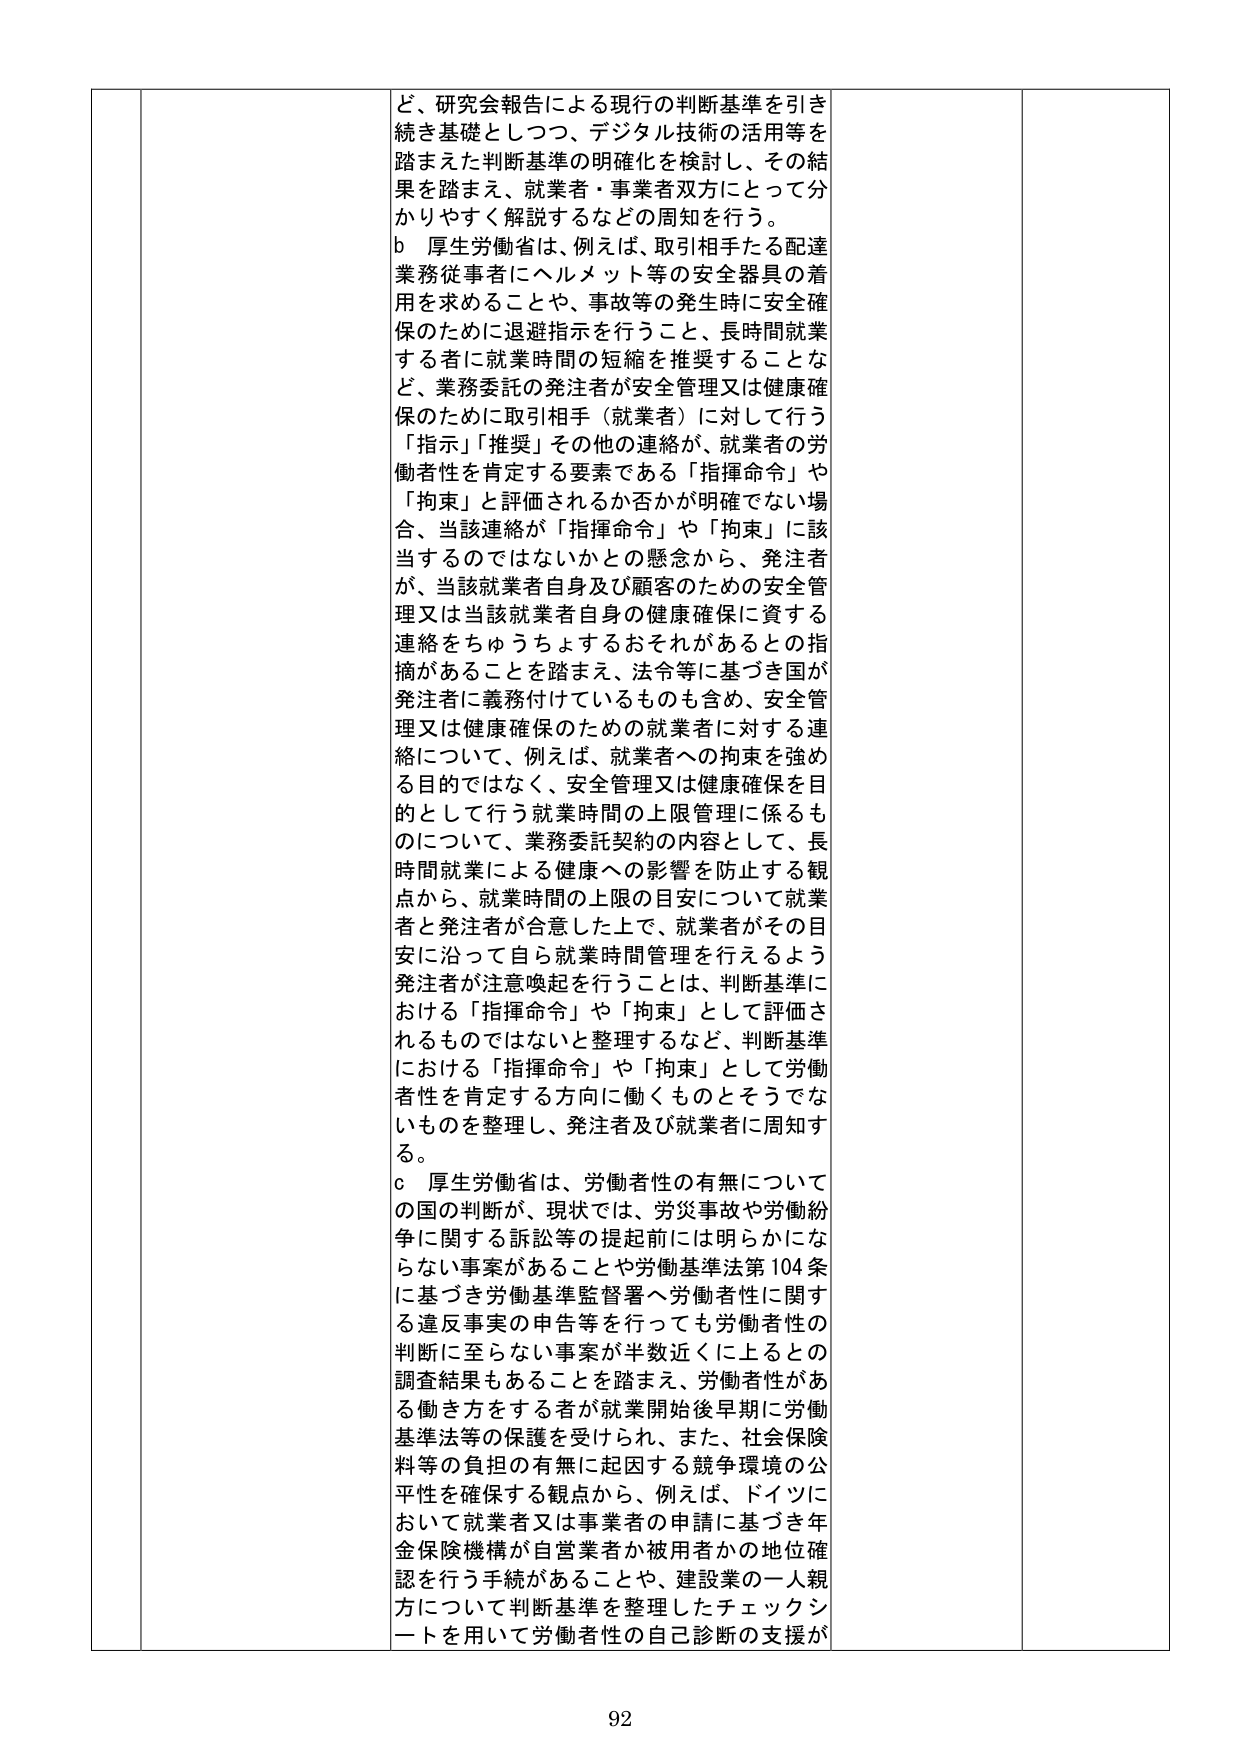
ど、研究会報告による現行の判断基準を引き続き基礎としつつ、デジタル技術の活用等を踏まえた判断基準の明確化を検討し、その結果を踏まえ、就業者・事業者双方にとって分かりやすく解説するなどの周知を行う。

b 厚生労働省は、例えば、取引相手たる配達業務従事者にヘルメット等の安全器具の着用を求めることや、事故等の発生時に安全確保のために退避指示を行うこと、長時間就業する者に就業時間の短縮を推奨することなど、業務委託の発注者が安全管理又は健康確保のために取引相手（就業者）に対して行う「指示」「推奨」その他の連絡が、就業者の労働者性を肯定する要素である「指揮命令」や「拘束」と評価されるか否かが明確でない場合、当該連絡が「指揮命令」や「拘束」に該当するのではないかとの懸念から、発注者が、当該就業者自身及び顧客のための安全管理又は当該就業者自身の健康確保に資する連絡をちゅうちょうするおそれがあるとの指摘があることを踏まえ、法令等に基づき国が発注者に義務付けているものも含め、安全管理又は健康確保のための就業者に対する連絡について、例えば、就業者への拘束を強める目的ではなく、安全管理又は健康確保を目的として行う就業時間の上限管理に係るものについて、業務委託契約の内容として、長時間就業による健康への影響を防止する観点から、就業時間の上限の目安について就業者と発注者が合意した上で、就業者がその目安に沿って自ら就業時間管理を行えるよう発注者が注意喚起を行うことは、判断基準における「指揮命令」や「拘束」として評価されるものではないと整理するなど、判断基準における「指揮命令」や「拘束」として労働者性を肯定する方向に働くものとそうでないものを整理し、発注者及び就業者に周知する。

c 厚生労働省は、労働者性の有無についての国の判断が、現状では、労災事故や労働紛争に関する訴訟等の提起前には明らかにならない事案があることや労働基準法第104条に基づき労働基準監督署へ労働者性に関する違反事実の申告等を行っても労働者性の判断に至らない事案が半数近くに上るとの調査結果もあることを踏まえ、労働者性がある働き方をする者が就業開始後早期に労働基準法等の保護を受けられ、また、社会保険料等の負担の有無に起因する競争環境の公平性を確保する観点から、例えば、ドイツにおいて就業者又は事業者の申請に基づき年金保険機構が自営業者か被用者かの地位確認を行う手続があることや、建設業の一人親方について判断基準を整理したチェックシートを用いて労働者性の自己診断の支援が

92